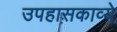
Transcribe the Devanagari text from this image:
उपहासकाव्ये